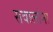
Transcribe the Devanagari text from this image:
सवालांना